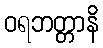
ဝရဘတ္တာနိ